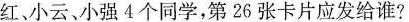
红、小云、小强4个同学，第26张卡片应发给谁?